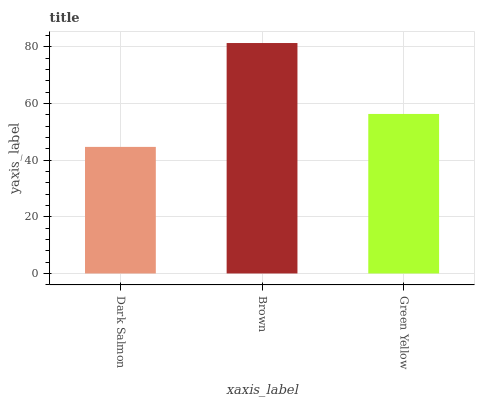
| xaxis_label | bars |
 | --- | --- |
 | Dark Salmon | 44.7 |
 | Brown | 81.4 |
 | Green Yellow | 56.3 |